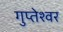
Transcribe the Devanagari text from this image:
गुप्‍तेश्‍वर